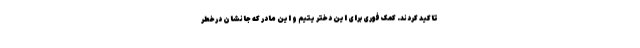
تاکید کردند. کمک فوری برای این دختر یتیم و این مادر که جانشان درخطر